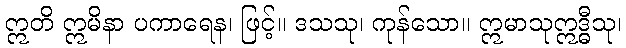
ဣတိ ဣမိနာ ပကာရေန၊ ဖြင့်။ ဒသသု၊ ကုန်သော။ ဣမာသုဣဒ္ဓီသု၊